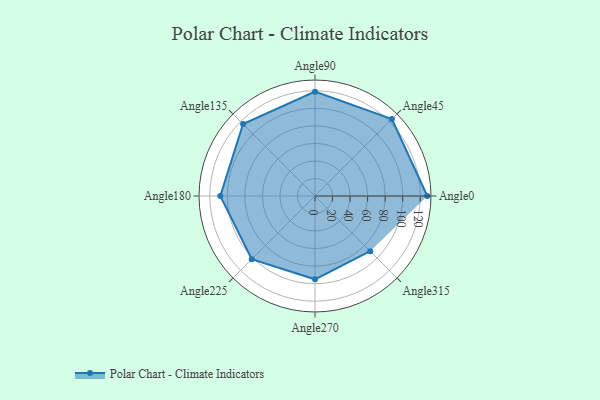
{"axis": {"x": "Angle", "y": "Radius"}, "legend": [""], "data": [{"x": "Angle0", "y": 128.0, "type": ""}, {"x": "Angle45", "y": 124.0, "type": ""}, {"x": "Angle90", "y": 119.0, "type": ""}, {"x": "Angle135", "y": 116.0, "type": ""}, {"x": "Angle180", "y": 108.0, "type": ""}, {"x": "Angle225", "y": 102.0, "type": ""}, {"x": "Angle270", "y": 95.0, "type": ""}, {"x": "Angle315", "y": 89.0, "type": ""}]}